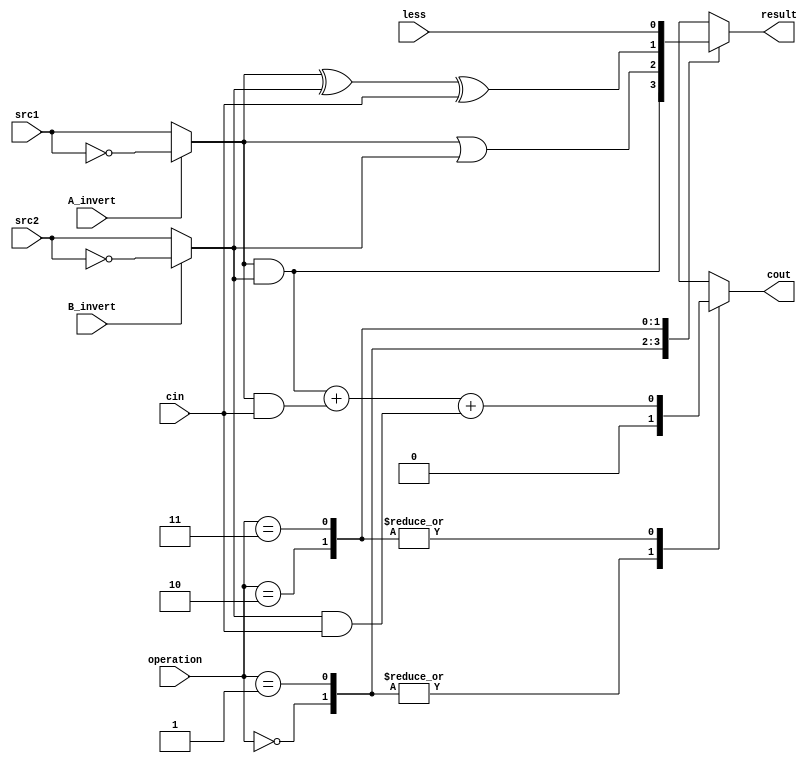
`timescale 1ns/1ps



module alu_top(
               src1,       //1 bit source 1 (input)
               src2,       //1 bit source 2 (input)
               less,       //1 bit less     (input)
               A_invert,   //1 bit A_invert (input)
               B_invert,   //1 bit B_invert (input)
               cin,        //1 bit carry in (input)
               operation,  //operation      (input)
               result,     //1 bit result   (output)
               cout       //1 bit carry out(output)
               );

input         src1;
input         src2;
input         less;
input         A_invert;
input         B_invert;
input         cin;
input [2-1:0] operation;

output        result;
output  reg      cout;

reg           result;
reg s1, s2;
always@(*)
begin
	if(A_invert) s1= ~src1;  else s1=src1;

	if(B_invert) s2= ~src2; else s2=src2;
	case(operation)
        	2'b00:  begin //AND
			result=s1&s2;
			cout=0;
			end
		2'b01:  begin//OR
			result= s1 | s2;
			cout=0;
			end
		2'b10: begin//ADD
			result= s1^s2^cin; //^means XOR
			cout=(s1&s2)+(s1&cin)+(s2&cin);
			end
		2'b11: begin//LESS
			result= less; 
			cout=(s1&s2)+(s1&cin)+(s2&cin);
			end
      endcase
end

endmodule